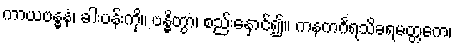
ကာယဗန္ဓနံ၊ ခါးပန်းကို။ ဗန္ဓိတွာ၊ စည်းနှောင်၍။ ကနကင်္ဂရသိခရမတ္တကေ၊